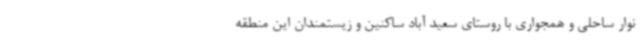
نوار ساحلی و همجواری با روستای سعید آباد ساکنین و زیستمندان این منطقه